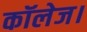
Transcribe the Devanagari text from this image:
कॉलेज।